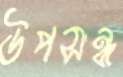
উপসন্ন